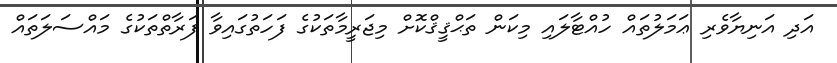
އަދި އަނިޔާވެރި ޢަމަލުތައް ހުއްޓާލައި މިކަން ތަޙްޤީޤްކޮށް މިޖަރީމާތަކުގެ ފަހަތުގައިވާ ފަރާތްތަކުގެ މައްސަލަތައް